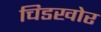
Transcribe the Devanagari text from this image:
चिडखोर